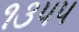
૧૩૫૫